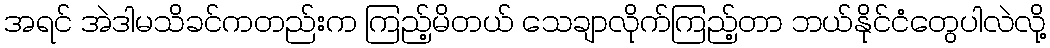
အရင် အဲဒါမသိခင်ကတည်းက ကြည့်မိတယ် သေချာလိုက်ကြည့်တာ ဘယ်နိုင်ငံတွေပါလဲလို့